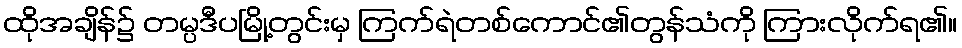
ထိုအချိန်၌ တမ္ပဒီပမြို့တွင်းမှ ကြက်ရဲတစ်ကောင်၏တွန်သံကို ကြားလိုက်ရ၏။